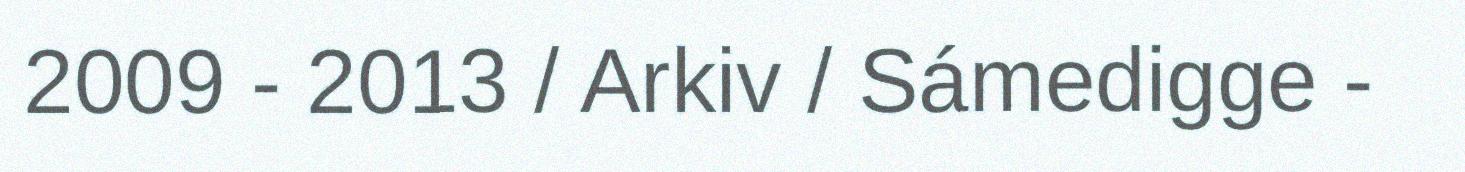
2009 - 2013 / Arkiv / Sámedigge -